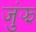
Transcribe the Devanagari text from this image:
जुंझ